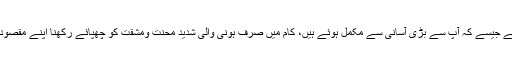
اپنے کاموں کو آپ نے ایسے ظاہر کرنا ہے جیسے کہ آپ سے بڑی آسانی سے مکمل ہوئے ہیں، کام میں صرف ہونی والی شدید محنت ومشقت کو چھپائے رکھنا اپنے مقصود کو حاصل کرنے کے لئے ضروری ہے۔